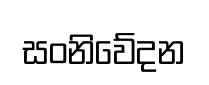
සංනිවේදන